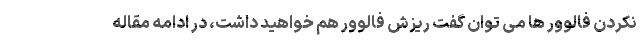
نکردن فالوور ها می توان گفت ریزش فالوور هم خواهید داشت، در ادامه مقاله